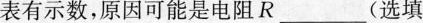
表有示数，原因可能是电阻R___(选填